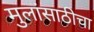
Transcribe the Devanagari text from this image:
मुलांसाठीचा